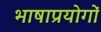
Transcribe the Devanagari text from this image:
भाषाप्रयोगों